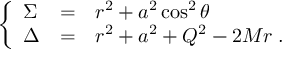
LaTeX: \left\{ \begin{array} { l c l } { { \Sigma } } & { { = } } & { { r ^ { 2 } + a ^ { 2 } \cos ^ { 2 } \theta } } \\ { { \Delta } } & { { = } } & { { r ^ { 2 } + a ^ { 2 } + Q ^ { 2 } - 2 M r \; . } } \end{array} \right.